Report on the bubonic plague in Bombay, 1896-1897
Year: 1896
Disease focus: Plague
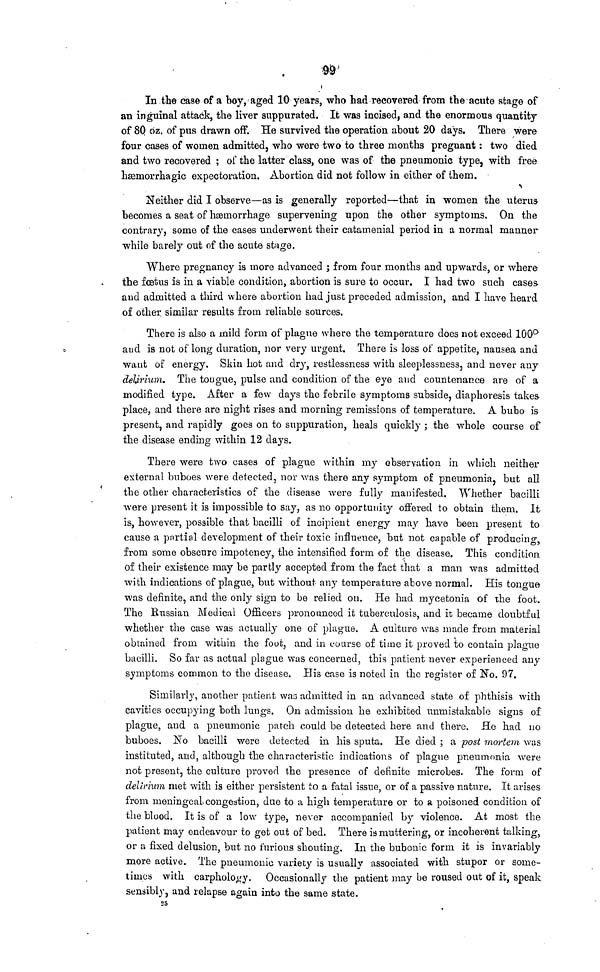
99
In the case of a boy, aged 10 years, who had recovered from the acute stage of
an inguinal attack, the liver suppurated. It was incised, and the enormous quantity
of 80 oz. of pus drawn off. He survived the operation about 20 days. There were
four cases of women admitted, who were two to three months preguant : two died
and two recovered ; of the latter class, one was of the pneumonic type, with free
hæmorrhagic expectoration. Abortion did not follow in either of them.
Neither did I observe—as is generally reported—that in women the uterus
becomes a seat of hæmorrhage supervening upon the other symptoms. On the
contrary, some of the cases underwent their catamenial period in a normal manner
while barely out of the acute stage.
Where pregnancy is more advanced ; from four months and upwards, or where
the fœtus is in a viable condition, abortion is sure to occur. I had two such cases
and admitted a third where abortion had just preceded admission, and I have heard
of other, similar results from reliable sources.
There is also a mild form of plague where the temperature does not exceed 100°a
nd is not of long duration, nor very urgent. There is loss of appetite, nausea and
want of energy. Skin hot and dry, restlessness with sleeplessness, and never any
delirium. The tougue, pulse and condition of the eye and countenance are of a
modified type. After a few days the febrile symptoms subside, diaphoresis takes
place, and there are night rises and morning remissions of temperature. A bubo is
present, and rapidly goes on to suppuration, heals quickly ; the whole course of
the disease ending within 12 days.
There were two cases of plague within my observation in which neither
external buboes were detected, nor was there any symptom of pneumonia, but all
the other characteristics of the disease were fully manifested. Whether bacilli
were present it is impossible to say, as no opportunity offered to obtain them. It
is, however, possible that bacilli of incipient energy may have been present to
cause a partial development of their toxic influence, but not capable of producing,
from some obscure impotency, the intensified form of the disease. This condition
of their existence may be partly accepted from the fact that a man was admitted
with indications of plague, but without any temperature above normal. His tongue
was definite, and the only sign to be relied on. He had mycetonia of the foot.
The Russian Medical Officers pronounced it tuberculosis, and it became doubtful
whether the cuse was actually one of plague. A culture was made from material
obtained from within the foot, and in course of time it proved to contain plague
bacilli. So far as actual plague was concerned, this patient never experienced any
symptoms common to the disease. His case is noted in the register of No. 97.
Similarly, another patient was admitted in an advanced state of phthisis with
cavities occupying both lungs. On admission he exhibited unmistakable signs of
plague, and a pneumonic patch could be detected here and there. He had no
buboes. No bacilli were detected in his sputa. He died ; a post mortem was
instituted, and, although the characteristic indications of plague pneumonia were
not present, the culture proved the presence of definite microbes. The form of
delirium met with is either persistent to a fatal issue, or of a passive nature. It arises
from meningeal congestion, due to a high temperature or to a poisoned condition of
the blood. It is of a low type, never accompanied by violence. At most the
patient may endeavour to get out of bed. There is muttering, or incoherent talking,
or a fixed delusion, but no furious shouting. In the bubonic form it is invariably
more active. The pneumonic variety is usually associated with stupor or some-
times with carphology. Occasionally the patient may be roused out of it, speak
sensibly, and relapse again into the same state.
25